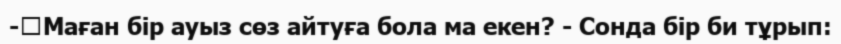
-	Маған бір ауыз сөз айтуға бола ма екен? - Сонда бір би тұрып: